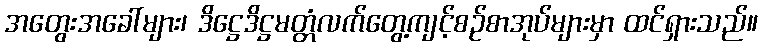
အတွေးအခေါ်များ၊ ဒိဋ္ဌေဒိဋ္ဌမတ္တံလက်တွေ့ကျင့်စဉ်စာအုပ်များမှာ ထင်ရှားသည်။